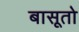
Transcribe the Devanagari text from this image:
बासूतो